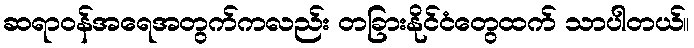
ဆရာဝန်အရေအတွက်ကလည်း တခြားနိုင်ငံတွေထက် သာပါတယ်။